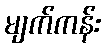
မျက်ကန်း